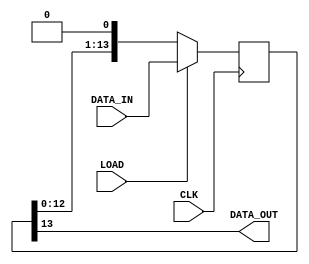
module adc_ser_model ( 
    input wire CLK, LOAD,
    input wire [13:0] DATA_IN,
    output wire DATA_OUT
);

reg [13:0] ser_reg;

always@(posedge CLK)
    if(LOAD)
        ser_reg <= DATA_IN;
    else
        ser_reg <= {ser_reg[12:0], 1'b0};
        
assign DATA_OUT = ser_reg[13];

endmodule
module gpac_adc_model ( 
    input wire ADC_ENC,
    output wire ADC_DCO, ADC_FCO,
    output wire [3:0] ADC_DATA,
    input wire [13:0] ADC_CH0, ADC_CH1, ADC_CH2, ADC_CH3
    );
    
    clock_multiplier #( .MULTIPLIER(16) ) i_adc_clock_multiplier(.CLK(ADC_ENC),.CLOCK(ADC_DCO));

    reg [3:0] adc_cnt;

    reg [1:0] adc_rst_syn;
    always@(posedge ADC_DCO) begin
        adc_rst_syn <= {adc_rst_syn[0],ADC_ENC};
    end

    wire adc_rst;
    assign adc_rst = adc_rst_syn[0] & !adc_rst_syn[1] ;

    localparam [3:0] ADC_SYNC_DLY = 0;
    always@(posedge ADC_DCO) begin
        if(adc_rst)
            adc_cnt <= ADC_SYNC_DLY;
        else
            adc_cnt <= adc_cnt + 1;
    end

    assign ADC_FCO = adc_cnt[3];
    //assign ADC_CLK = ADC_ENC;

    wire adc_load;
    assign adc_load = (adc_cnt == 7);

    adc_ser_model i_adc_ser0(.CLK(ADC_DCO), .LOAD(adc_load), .DATA_IN(ADC_CH0), .DATA_OUT(ADC_DATA[0]));
    adc_ser_model i_adc_ser1(.CLK(ADC_DCO), .LOAD(adc_load), .DATA_IN(ADC_CH1), .DATA_OUT(ADC_DATA[1]));
    adc_ser_model i_adc_ser2(.CLK(ADC_DCO), .LOAD(adc_load), .DATA_IN(ADC_CH2), .DATA_OUT(ADC_DATA[2]));
    adc_ser_model i_adc_ser3(.CLK(ADC_DCO), .LOAD(adc_load), .DATA_IN(ADC_CH3), .DATA_OUT(ADC_DATA[3]));
    
endmodule